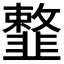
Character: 𩐎